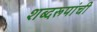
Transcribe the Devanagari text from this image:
शब्दरूपांची